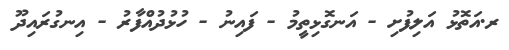
ރ.އަތޮޅު އަލިފުށި - އަނގޮޅިތީމު - ފައިނު - ހުޅުދުއްފާރު - އިނގުރައިދޫ